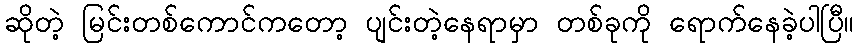
ဆိုတဲ့ မြင်းတစ်ကောင်ကတော့ ပျင်းတဲ့နေရာမှာ တစ်ခုကို ရောက်နေခဲ့ပါပြီ။